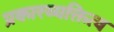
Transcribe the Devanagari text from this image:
प्रकारव्यक्तित्व